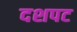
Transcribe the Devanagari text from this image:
दशपट